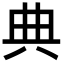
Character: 典